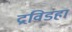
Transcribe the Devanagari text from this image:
द्रविडहा